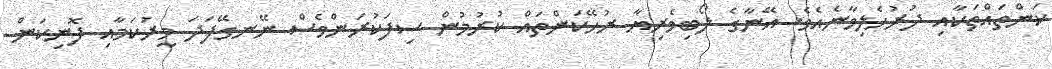
ކަންތައްތަކާއި ދުރުހެލިވާނެއެވެ. އޭނާގެ ލޯބިވެރިޔާ ރުހޭކަންތައް ކުރުމުން ސިފަކުރަންވެސް ނޭނގޭފަދަ މީރުކަމާއި ފޮނިކަން